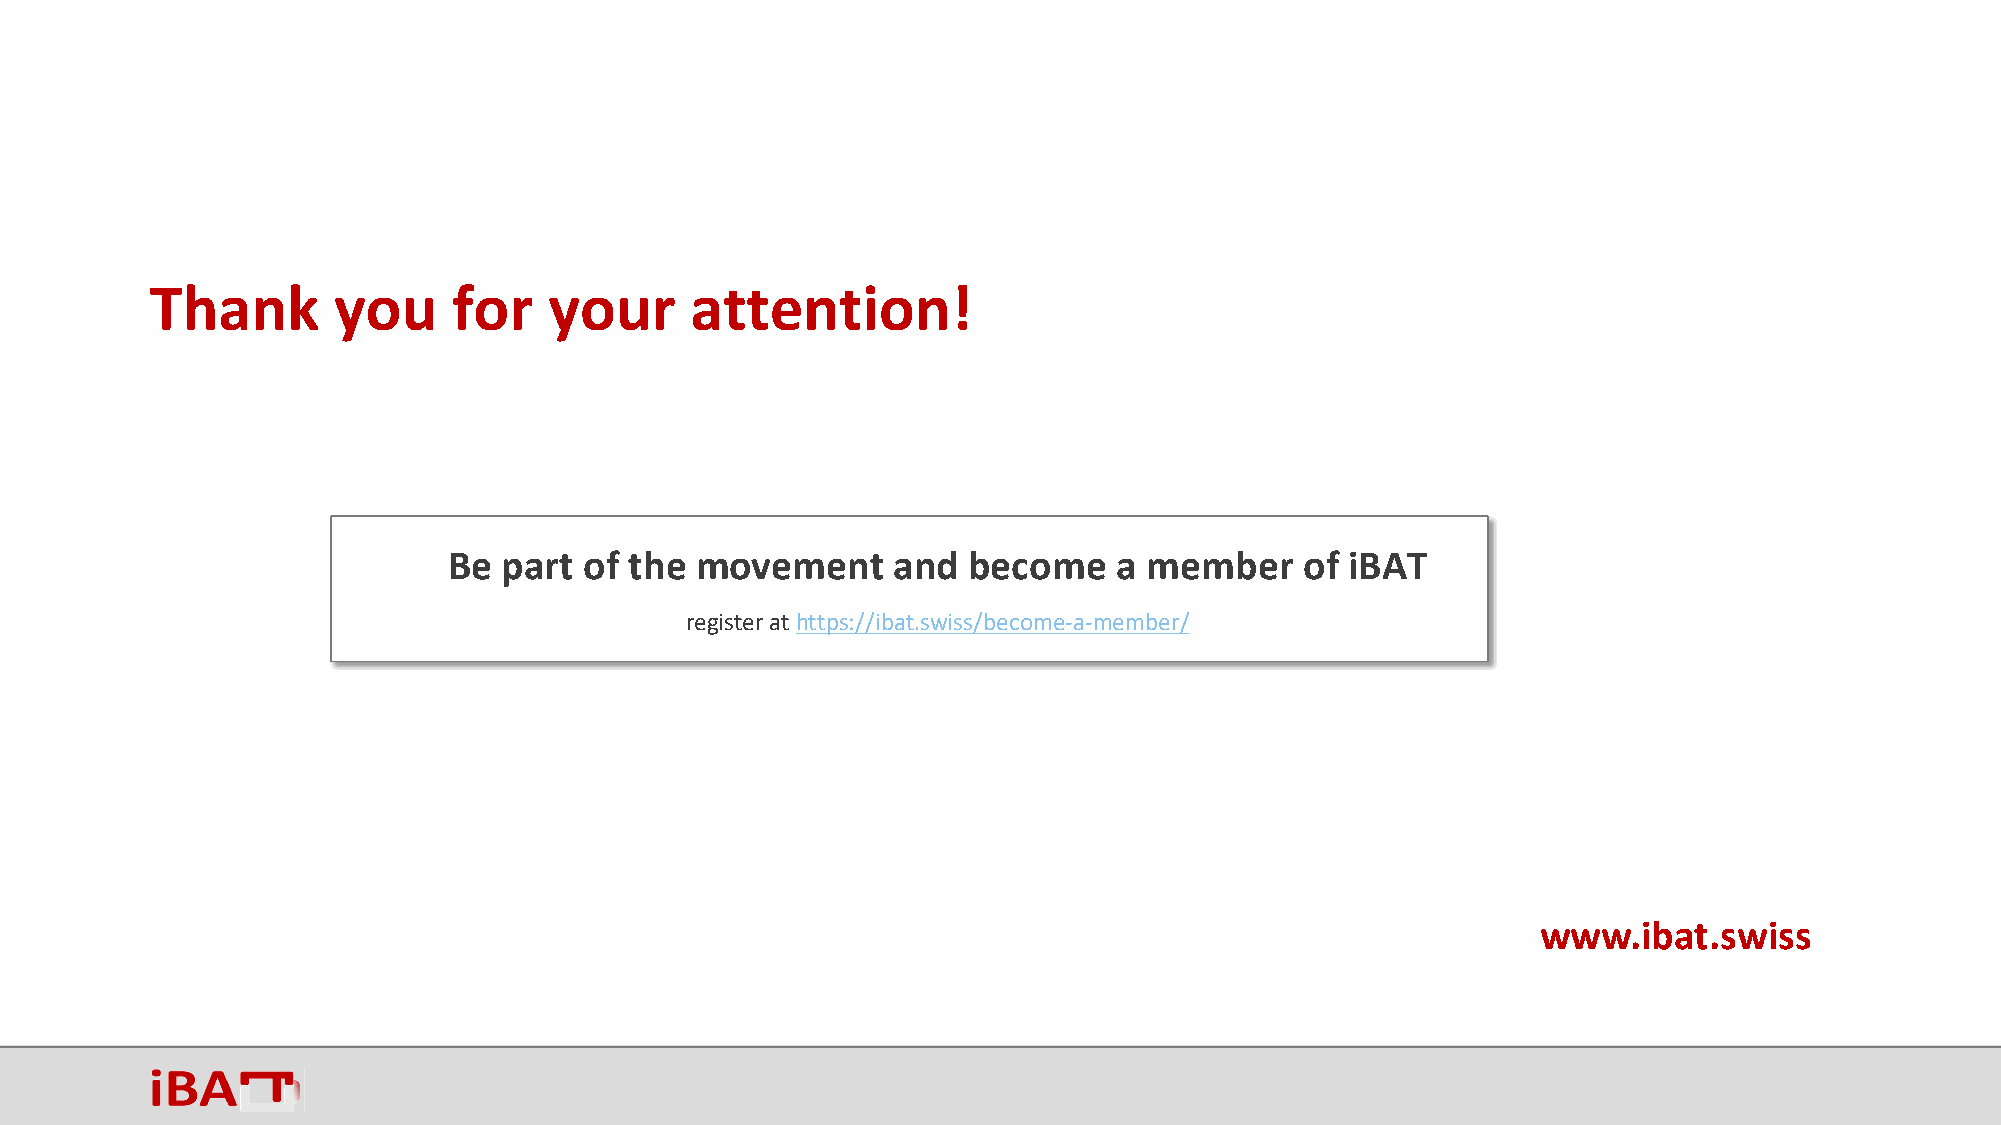
Thank       you     for   your      attention!
 Be part  of the movement     and  become    a member    of iBAT
 register at https://ibat.swiss/become-a-member/
 www.ibat.swiss